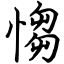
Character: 㥮